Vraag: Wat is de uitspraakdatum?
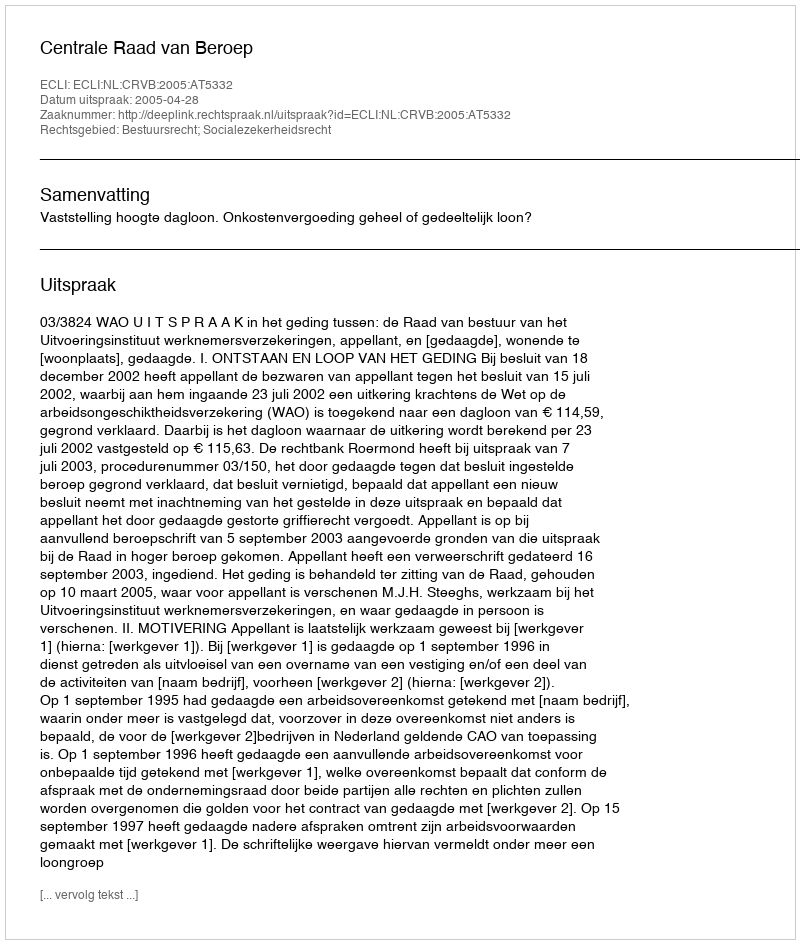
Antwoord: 2005-04-28